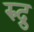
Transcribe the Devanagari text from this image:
रुद्रु